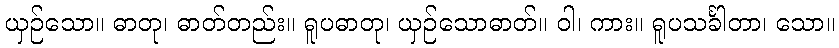
ယှဉ်သော။ ဓာတု၊ ဓာတ်တည်း။ ရူပဓာတု၊ ယှဉ်သောဓာတ်။ ဝါ၊ ကား။ ရူပသင်္ခါတာ၊ သော။